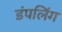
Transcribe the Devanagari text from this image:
डंपलिंग